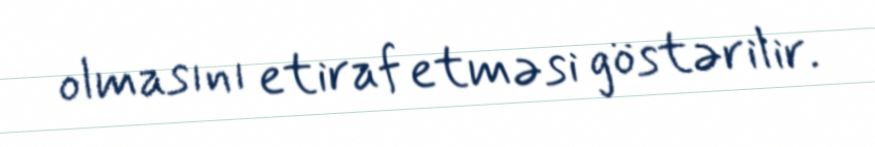
olmasını etiraf etməsi göstərilir.